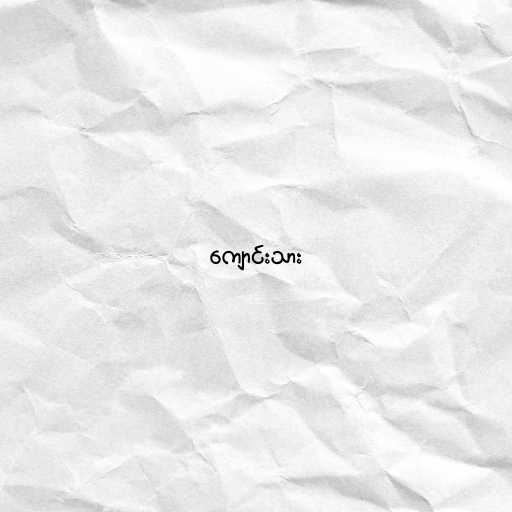
ကျောင်းသား